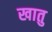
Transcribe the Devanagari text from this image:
खातु